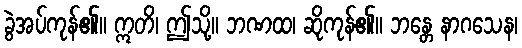
ခွဲအပ်ကုန်၏။ ဣတိ၊ ဤသို့။ ဘဏထ၊ ဆိုကုန်၏။ ဘန္တေ နာဂသေန၊